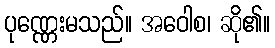
ပုဏ္ဏေးမသည်။ အဝေါစ၊ ဆို၏။